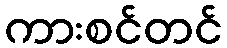
ကားစင်တင်